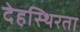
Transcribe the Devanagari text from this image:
देहस्थिरता